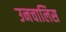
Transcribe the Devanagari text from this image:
उनचालिस